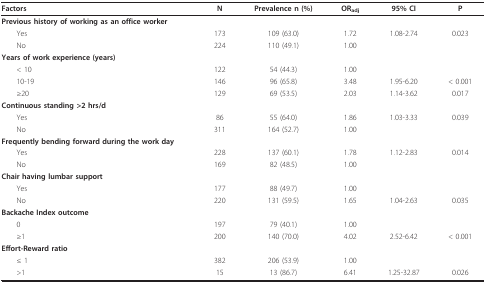
| Factors | N | Prevalence n (%) | ORadj | 95% CI | P |
 | --- | --- | --- | --- | --- | --- |
 | Previous history of working as an office worker |  |  |  |  |  |
 | Yes | 173 | 109 (63.0) | 1.72 | 1.08-2.74 | 0.023 |
 | No | 224 | 110 (49.1) | 1.00 |  |  |
 | Years of work experience (years) |  |  |  |  |  |
 | < 10 | 122 | 54 (44.3) | 1.00 |  |  |
 | 10-19 | 146 | 96 (65.8) | 3.48 | 1.95-6.20 | < 0.001 |
 | ≥20 | 129 | 69 (53.5) | 2.03 | 1.14-3.62 | 0.017 |
 | Continuous standing >2 hrs/d |  |  |  |  |  |
 | Yes | 86 | 55 (64.0) | 1.86 | 1.03-3.33 | 0.039 |
 | No | 311 | 164 (52.7) | 1.00 |  |  |
 | Frequently bending forward during the work day |  |  |  |  |  |
 | Yes | 228 | 137 (60.1) | 1.78 | 1.12-2.83 | 0.014 |
 | No | 169 | 82 (48.5) | 1.00 |  |  |
 | Chair having lumbar support |  |  |  |  |  |
 | Yes | 177 | 88 (49.7) | 1.00 |  |  |
 | No | 220 | 131 (59.5) | 1.65 | 1.04-2.63 | 0.035 |
 | Backache Index outcome |  |  |  |  |  |
 | 0 | 197 | 79 (40.1) | 1.00 |  |  |
 | ≥1 | 200 | 140 (70.0) | 4.02 | 2.52-6.42 | < 0.001 |
 | Effort-Reward ratio |  |  |  |  |  |
 | ≤ 1 | 382 | 206 (53.9) | 1.00 |  |  |
 | >1 | 15 | 13 (86.7) | 6.41 | 1.25-32.87 | 0.026 |